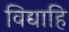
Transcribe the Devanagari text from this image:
विद्याहि